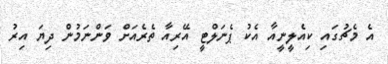
އެ މެޗުގައި ކިއެލީނީއާ އެކު ޕެނަލްޓީ އޭރިއާ ތެރެއަށް ވަންނަމުން ދިޔަ އިރު